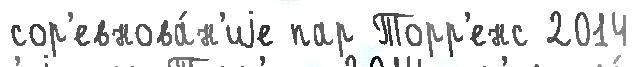
сор'евнова́н'иjе пар Торр'енс 2014